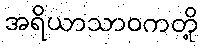
အရိယာသာဝကတို့